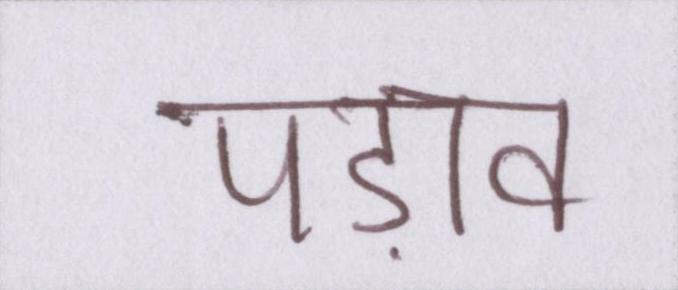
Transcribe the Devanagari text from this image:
पड़ाव